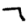
Digit: 7